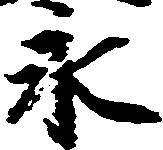
永